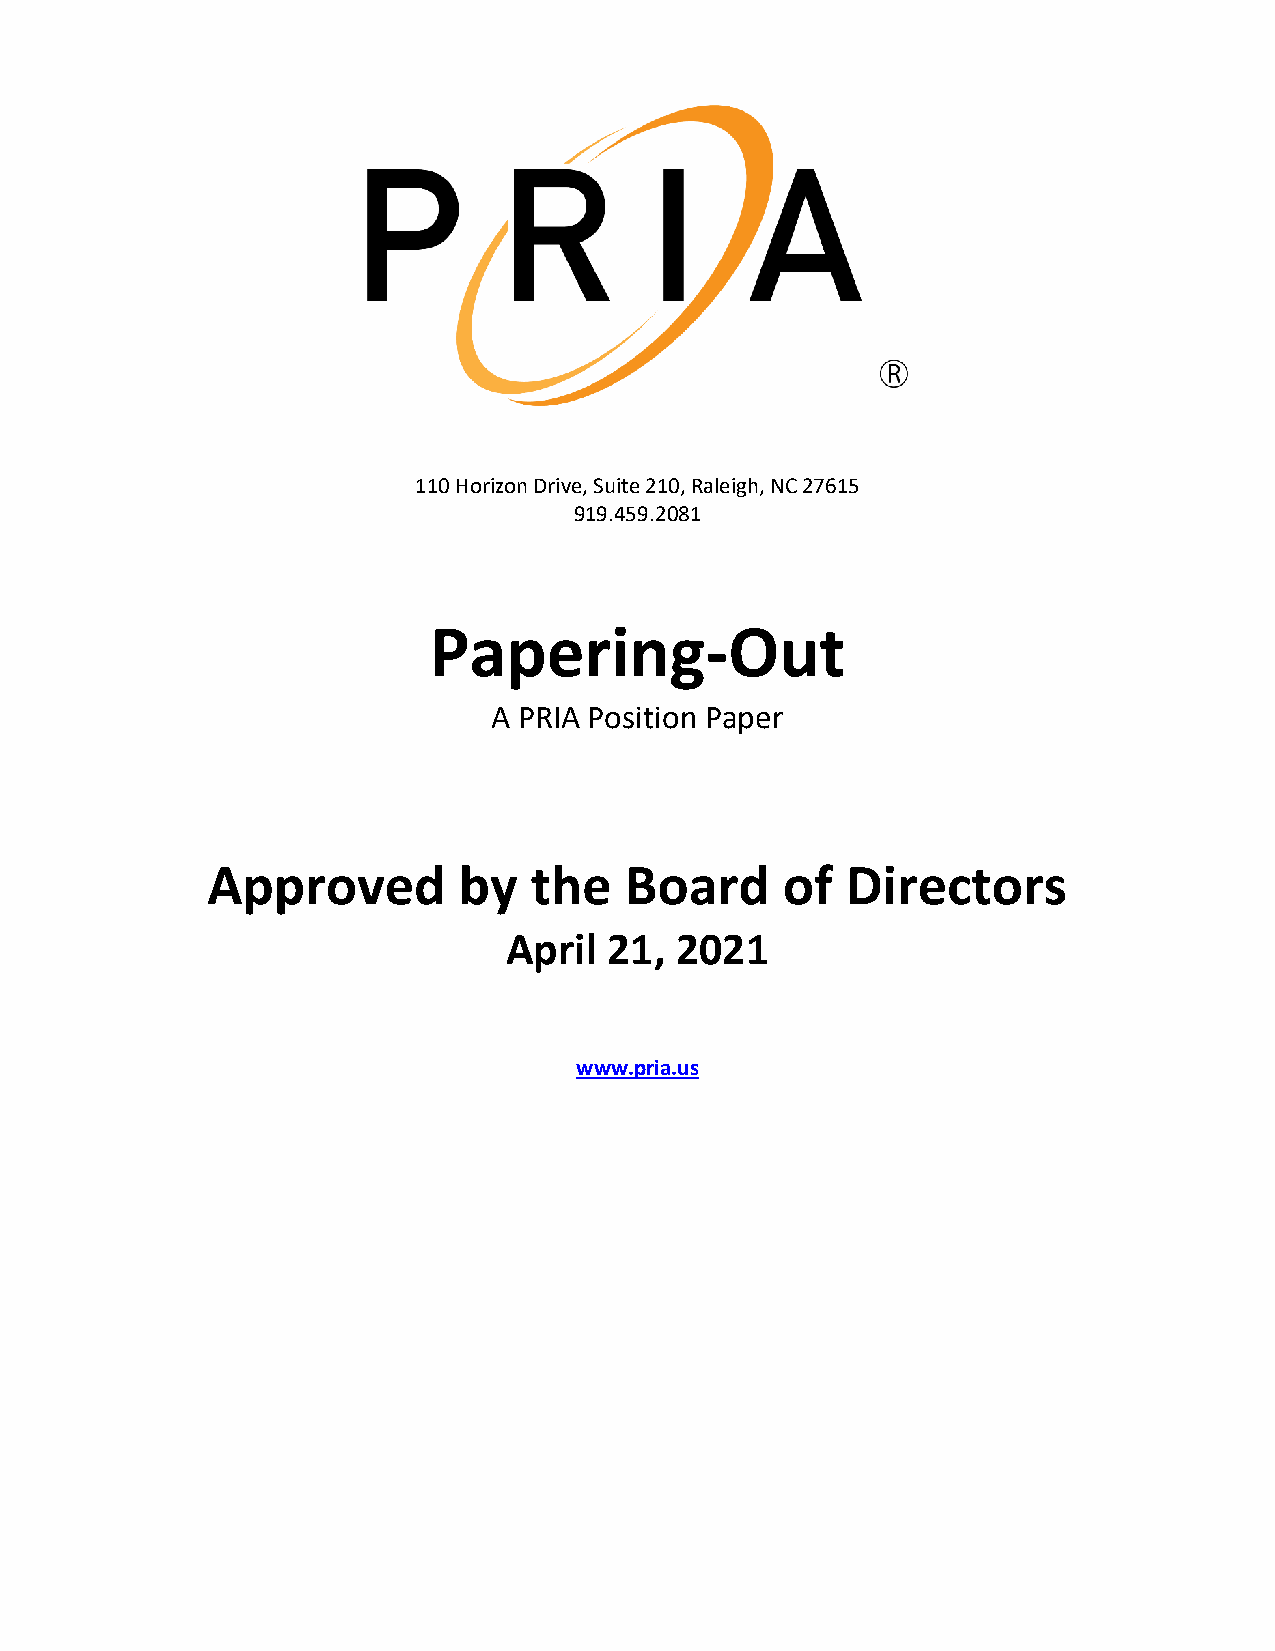
110 Horizon Drive, Suite 210, Raleigh, NC 27615
 919.459.2081
 Papering-Out
 A PRIA Position Paper
 Approved        by   the   Board      of  Directors
 April  21,  2021
 www.pria.us